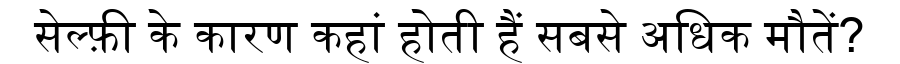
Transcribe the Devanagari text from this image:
सेल्फ़ी के कारण कहां होती हैं सबसे अधिक मौतें?